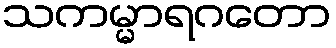
သကမ္မာရဂတော